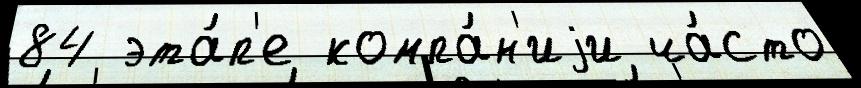
84 эта́п'е компа́н'иjи ча́сто